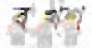
বখ্শ